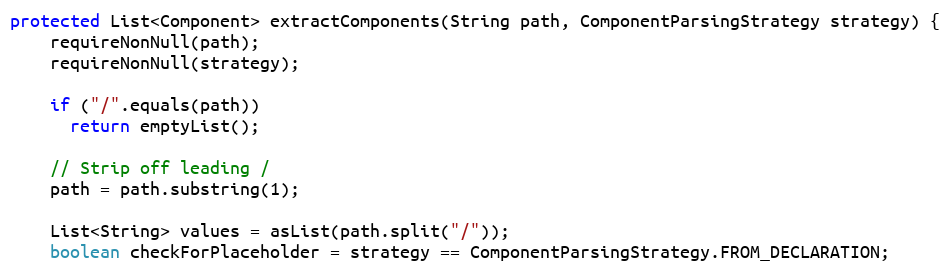
Language: Java
protected List<Component> extractComponents(String path, ComponentParsingStrategy strategy) {
    requireNonNull(path);
    requireNonNull(strategy);

    if ("/".equals(path))
      return emptyList();

    // Strip off leading /
    path = path.substring(1);

    List<String> values = asList(path.split("/"));
    boolean checkForPlaceholder = strategy == ComponentParsingStrategy.FROM_DECLARATION;